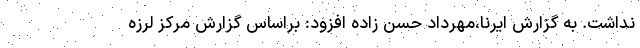
نداشت. به گزارش ایرنا،مهرداد حسن زاده افزود: براساس گزارش مرکز لرزه